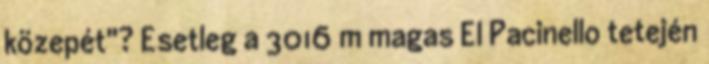
közepét"? Esetleg a 3016 m magas El Pacinello tetején